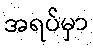
အရပ်မှာ